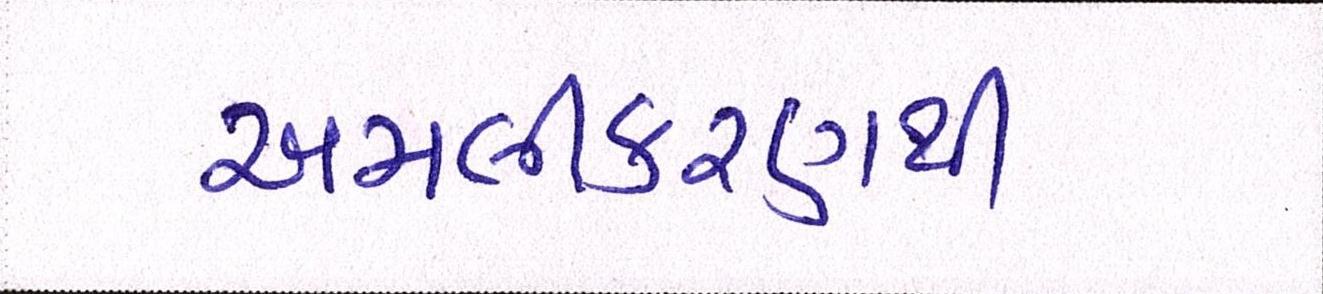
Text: અમલીકરણથી